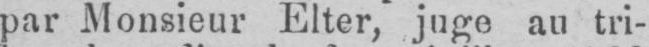
par Monsieur Elter, juge au tri-